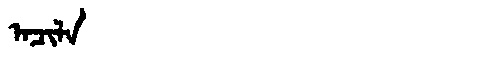
Manchu: ᠠᠴᡳᠯᠠ
Romanization: ACILA